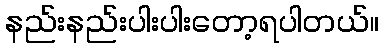
နည်းနည်းပါးပါးတော့ရပါတယ်။